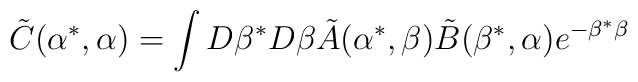
\tilde{C}(\alpha^*,\alpha) = \int D \beta^* D \beta \tilde{A}(\alpha^*,\beta)\tilde{B}(\beta^*,\alpha) e^{- \beta^* \beta}